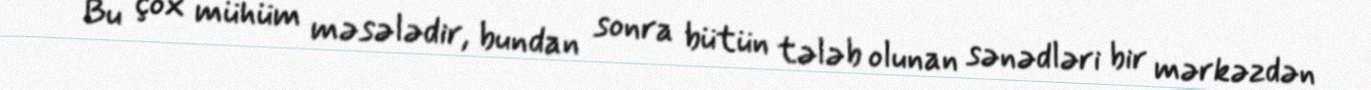
Bu çox mühüm məsələdir, bundan sonra bütün tələb olunan sənədləri bir mərkəzdən